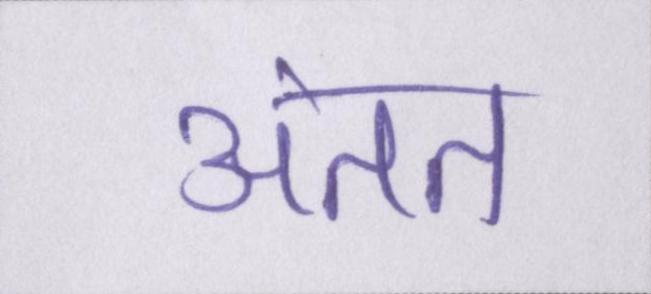
अंतत